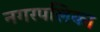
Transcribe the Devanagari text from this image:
नगरपलिका